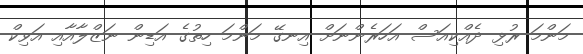
މަންމަ ރުޅި ދެއްކިއަސް އަހަރެންނަށް އިނގޭ މަންމަ ހިތުގެ އަޑިން ނަޒްލާއާއި އަވިކް